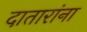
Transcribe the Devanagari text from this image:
दातारांना